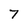
Character: 7